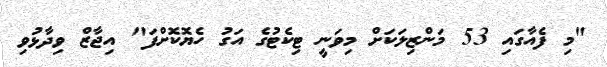
"މި ފެއާގައި 53 މަންޒިލަކަށް މިވަނީ ޓިކެޓުގެ އަގު ހެޔޮކޮށްފަ" އިޖާޒް ވިދާޅުވި